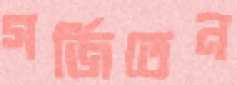
গর্জিতেন